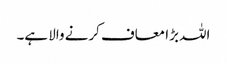
اللہ بڑا معاف کرنے والا ہے۔